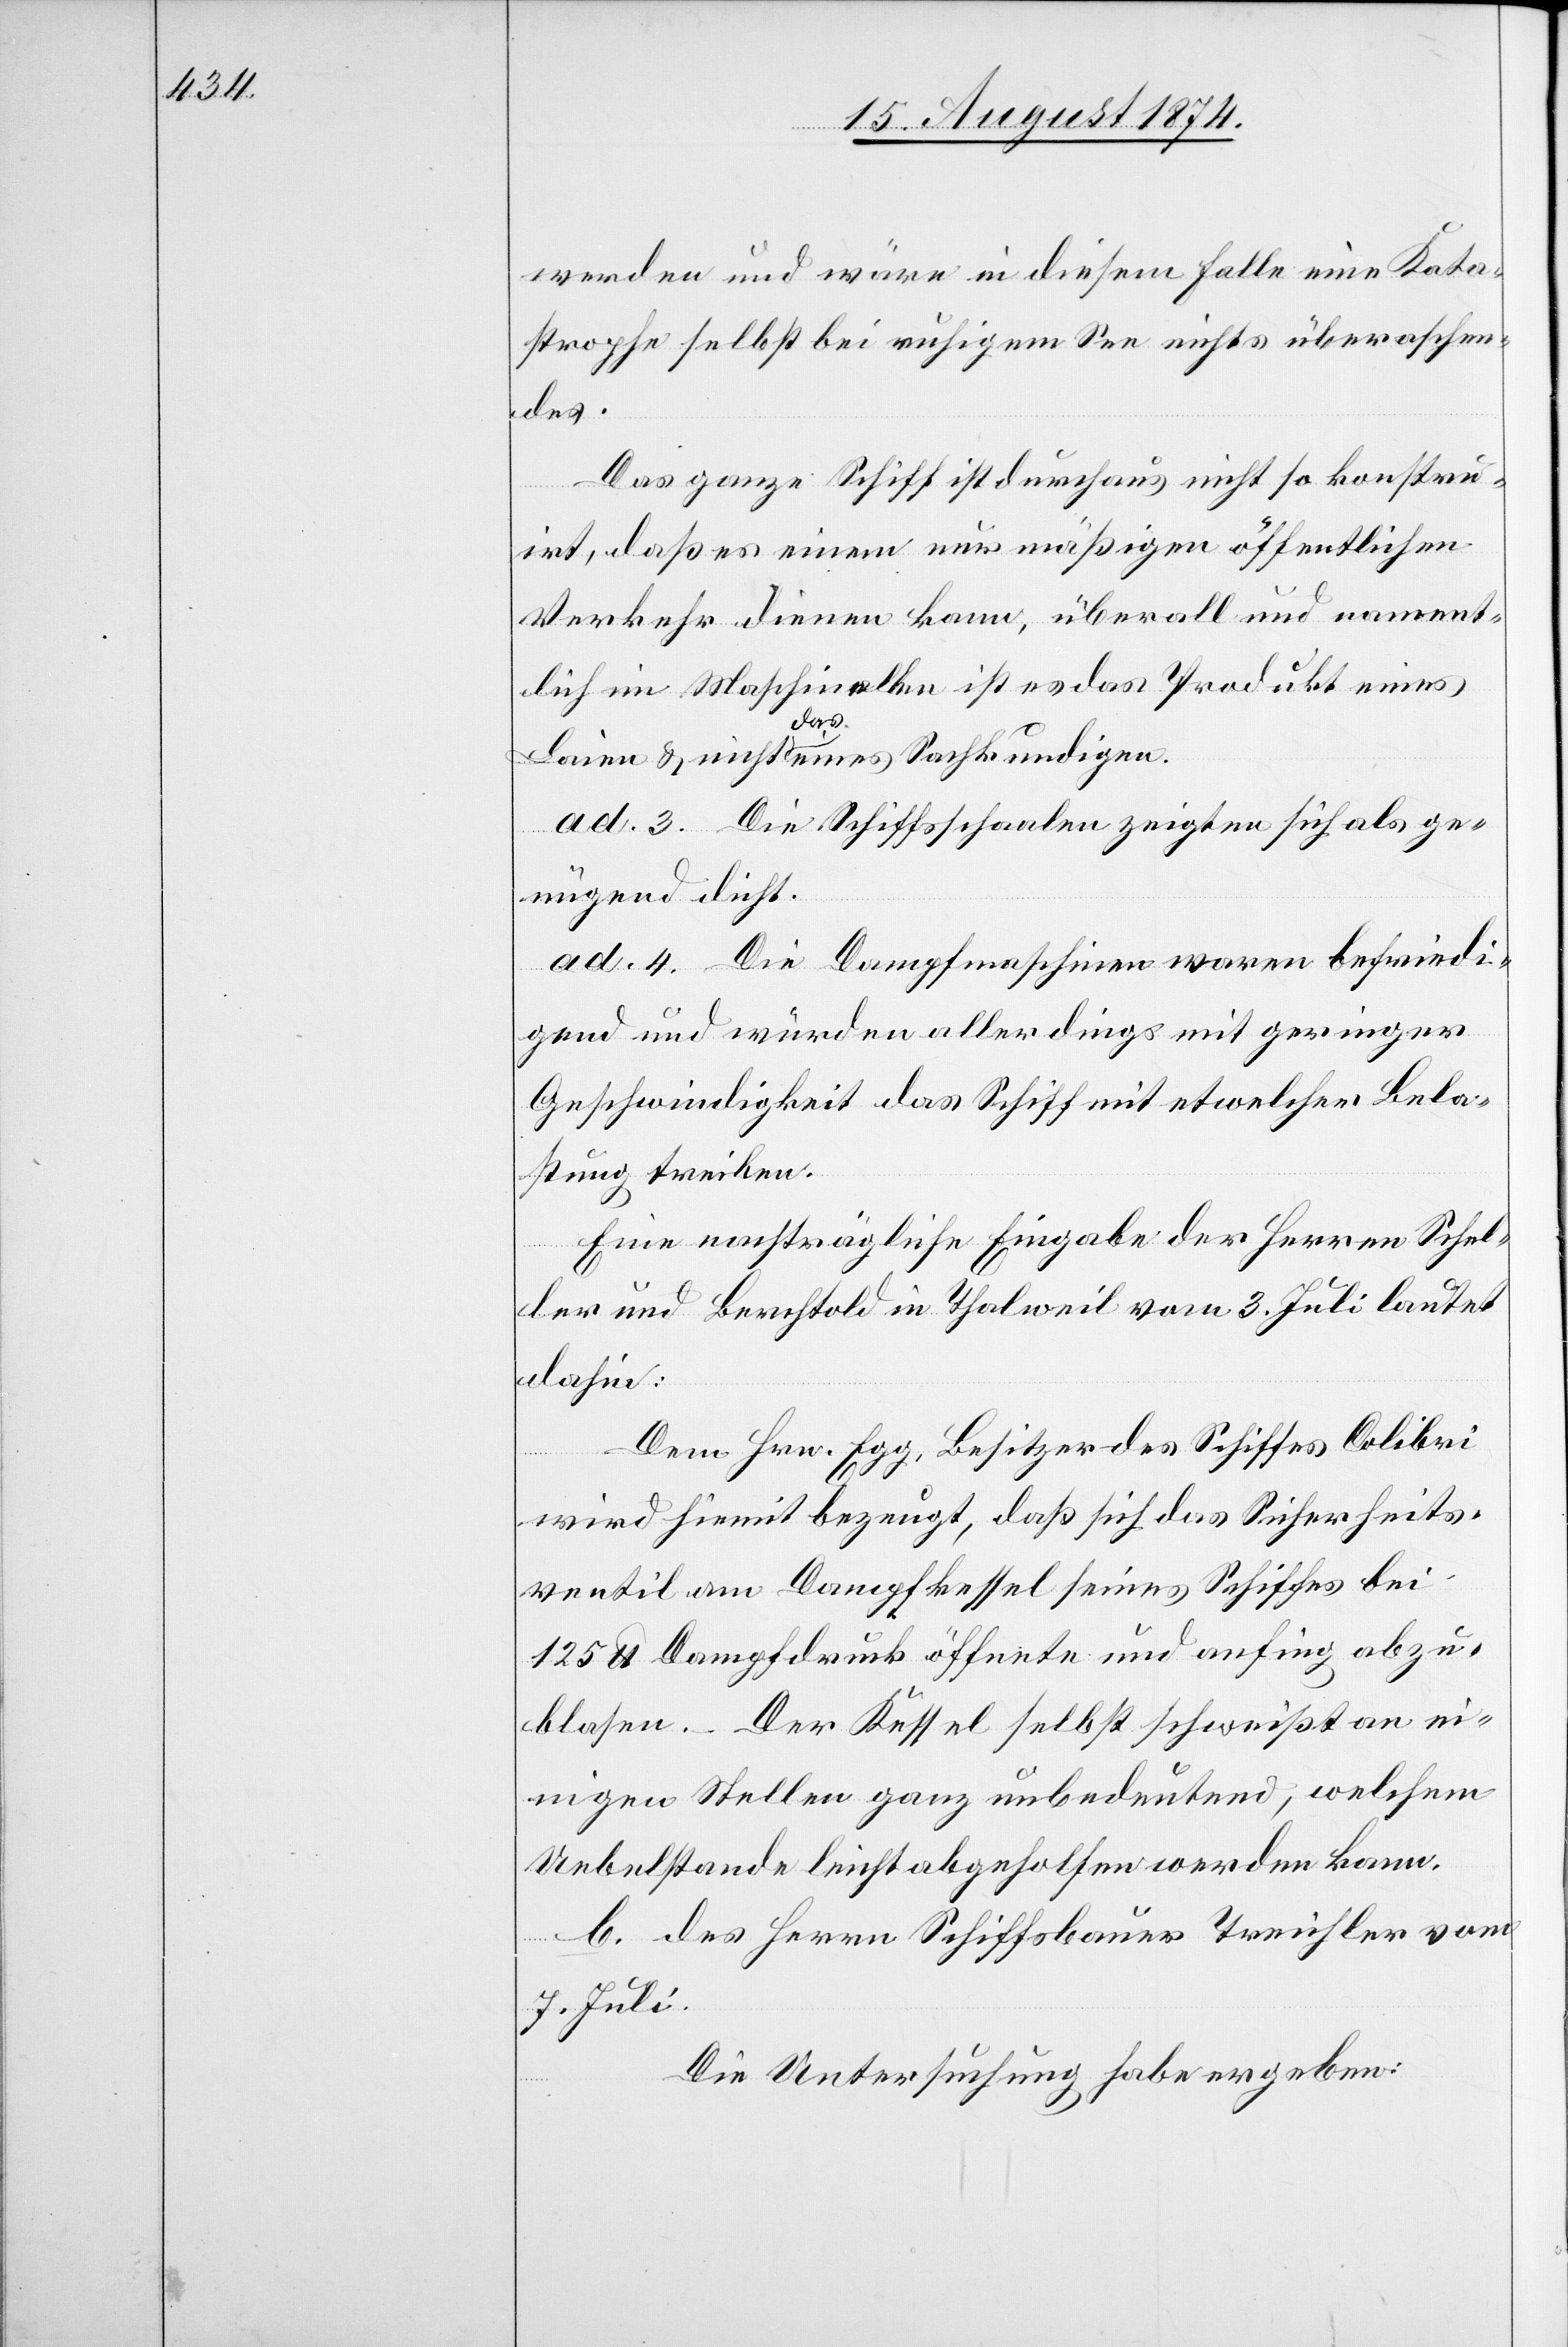
werden und wäre in diesem Falle eine Kata¬
strophe selbst bei ruhigem See nichts überraschen¬
des.
Das ganze Schiff ist durchaus nicht so konstru¬
irt, daß es einem nur mäßigen öffentlichen
Verkehr dienen kann, überall und nament¬
lich im Maschinellen ist es das Produkt eines
Laien u. nicht das eines Sachkundigen.
ad. 3. Die Schiffsschaalen zeigten sich als ge¬
nügend dicht.
ad. 4. Die Dampfmaschinen waren befriedi¬
gend und würden allerdings mit geringer
Geschwindigkeit das Schiff mit etwelcher Bela¬
stung treiben.
Eine nachträgliche Eingabe der Herren Schel¬
ler und Berchtold in Thalweil vom 3. Juli lautet
dahin:
Dem Hrn. Egg, Besitzer des Schiffes Colibri
wird hiemit bezeugt, daß sich das Sicherheits¬
ventil am Dampfkessel seines Schiffes bei
125 lb. Dampfdruck öffnete und anfing abzu¬
blasen. – Der Kessel selbst schweißt an ei¬
nigen Stellen ganz unbedeutend, welchem
Uebelstande leicht abgeholfen werden kann.
b. des Herren Schiffsbauer Treichler vom
7. Juli.
Die Untersuchung habe ergeben: